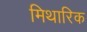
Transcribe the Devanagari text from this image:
मिथारिक